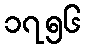
၁၇၅၆